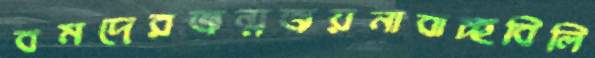
বমদেরজন্মজয়নাবাচ্ছবিলি